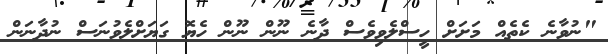
"ނުވާނެ ކެތެއް މަށަށް ހީސްލެވިވެސް ދާނެ ނޫން ނޫން ހެޔޮ ގަޔަށްލެވުނަސް ނުދާނަން